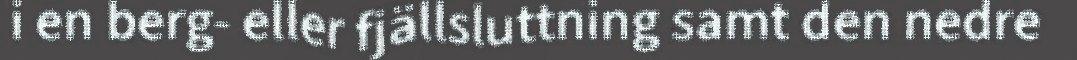
i en berg- eller fjällsluttning samt den nedre